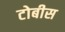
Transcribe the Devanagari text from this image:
टोबीस